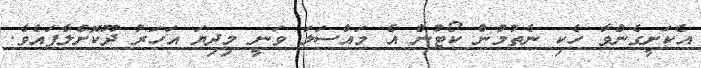
އެކަށީގެންވާ ހެކި ނެތުމުން ކޯޓުން އެ މައްސަލަ ވަނީ މިދިޔަ އަހަރު ދޫކޮށްލާފައެވެ.